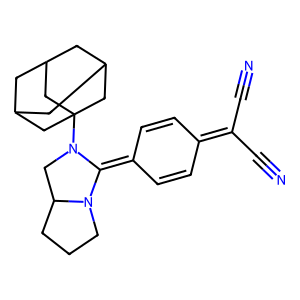
SMILES: N#CC(C#N)=c1ccc(=C2N3CCCC3CN2C23CC4CC(CC(C4)C2)C3)cc1
Inhibits HIV replication: No